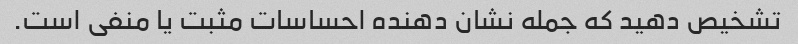
تشخیص دهید که جمله نشان دهنده احساسات مثبت یا منفی است.